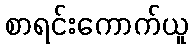
စာရင်းကောက်ယူ